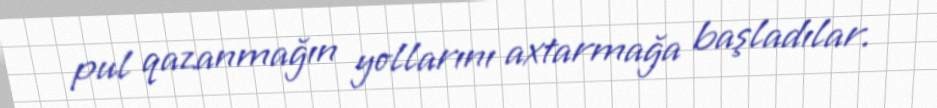
pul qazanmağın yollarını axtarmağa başladılar.